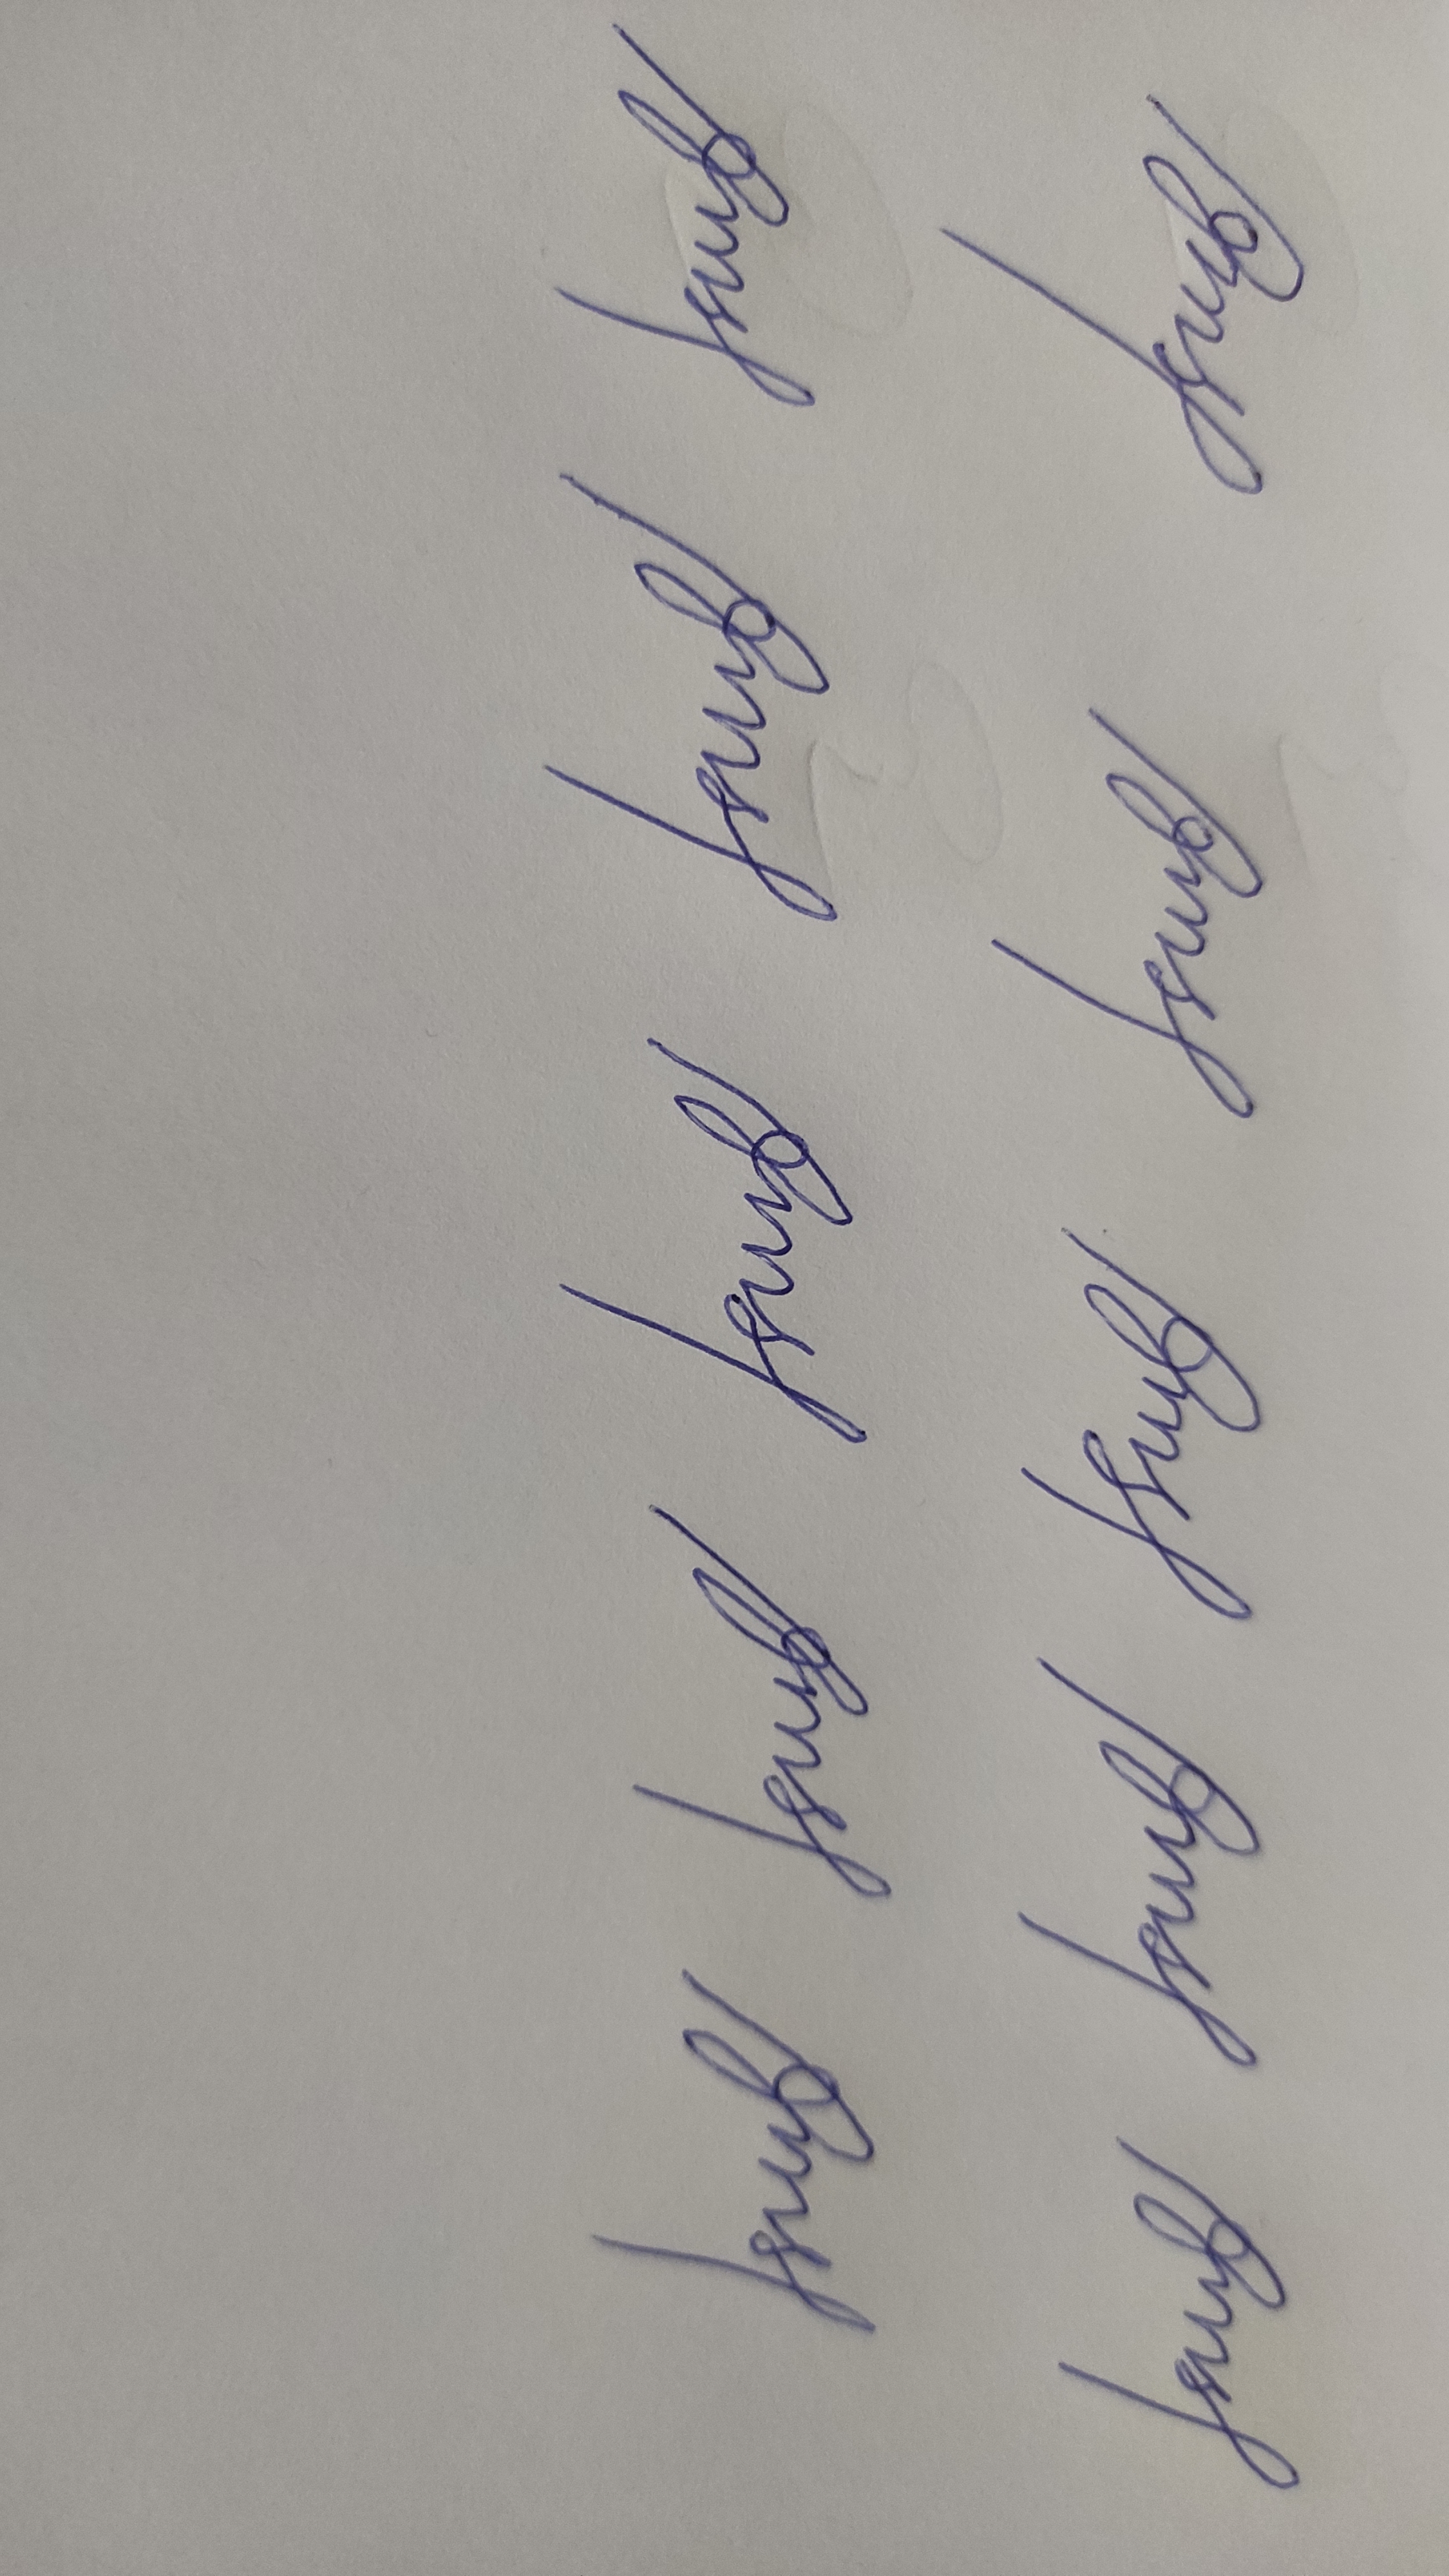
Signature authenticity: forged